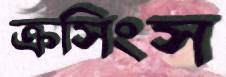
ক্রসিংস